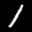
Label: 1